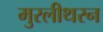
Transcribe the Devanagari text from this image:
मुरलीथरन